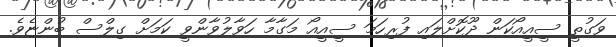
ވަގުތީ ސީއީއޯކަން ދޫކޮށްލައި ފުރިހަމަ ސީއީއޯ މަގާމާ ހަވާލުވާންވީ ކަމަށް ގިލްސް ބުންޏެވެ.